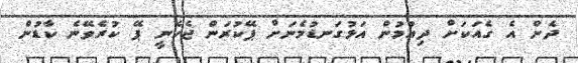
ދެން އެ ގެއަކަށް ދިއުމުން އަޅުގަނޑުމެނަށް ޕޭކުރަން ޖެހެނީ ޕޭ ކުރެވޭނެ ކާޑުން